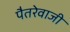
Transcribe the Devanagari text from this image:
पैतरेवाजी